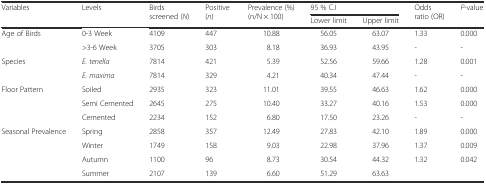
| <ROWSPAN=2> Variables | <ROWSPAN=2> Levels | <ROWSPAN=2> Birds screened (N) | <ROWSPAN=2> Positive (n) | <ROWSPAN=2> Prevalence (%) (n/N × 100) | <COLSPAN=2> 95 % C.I | <ROWSPAN=2> Odds ratio (OR) | <ROWSPAN=2> P-value |
 | Lower limit | Upper limit |
 | --- | --- | --- | --- | --- | --- | --- | --- | --- |
 | <ROWSPAN=2> Age of Birds | 0-3 Week | 4109 | 447 | 10.88 | 56.05 | 63.07 | 1.33 | 0.000 |
 | >3-6 Week | 3705 | 303 | 8.18 | 36.93 | 43.95 | - | - |
 | <ROWSPAN=2> Species | E. tenella | 7814 | 421 | 5.39 | 52.56 | 59.66 | 1.28 | 0.001 |
 | E. maxima | 7814 | 329 | 4.21 | 40.34 | 47.44 | - | - |
 | <ROWSPAN=3> Floor Pattern | Soiled | 2935 | 323 | 11.01 | 39.55 | 46.63 | 1.62 | 0.000 |
 | Semi Cemented | 2645 | 275 | 10.40 | 33.27 | 40.16 | 1.53 | 0.000 |
 | Cemented | 2234 | 152 | 6.80 | 17.50 | 23.26 | - | - |
 | <ROWSPAN=4> Seasonal Prevalence | Spring | 2858 | 357 | 12.49 | 27.83 | 42.10 | 1.89 | 0.000 |
 | Winter | 1749 | 158 | 9.03 | 22.98 | 37.96 | 1.37 | 0.009 |
 | Autumn | 1100 | 96 | 8.73 | 30.54 | 44.32 | 1.32 | 0.042 |
 | Summer | 2107 | 139 | 6.60 | 51.29 | 63.63 |  |  |